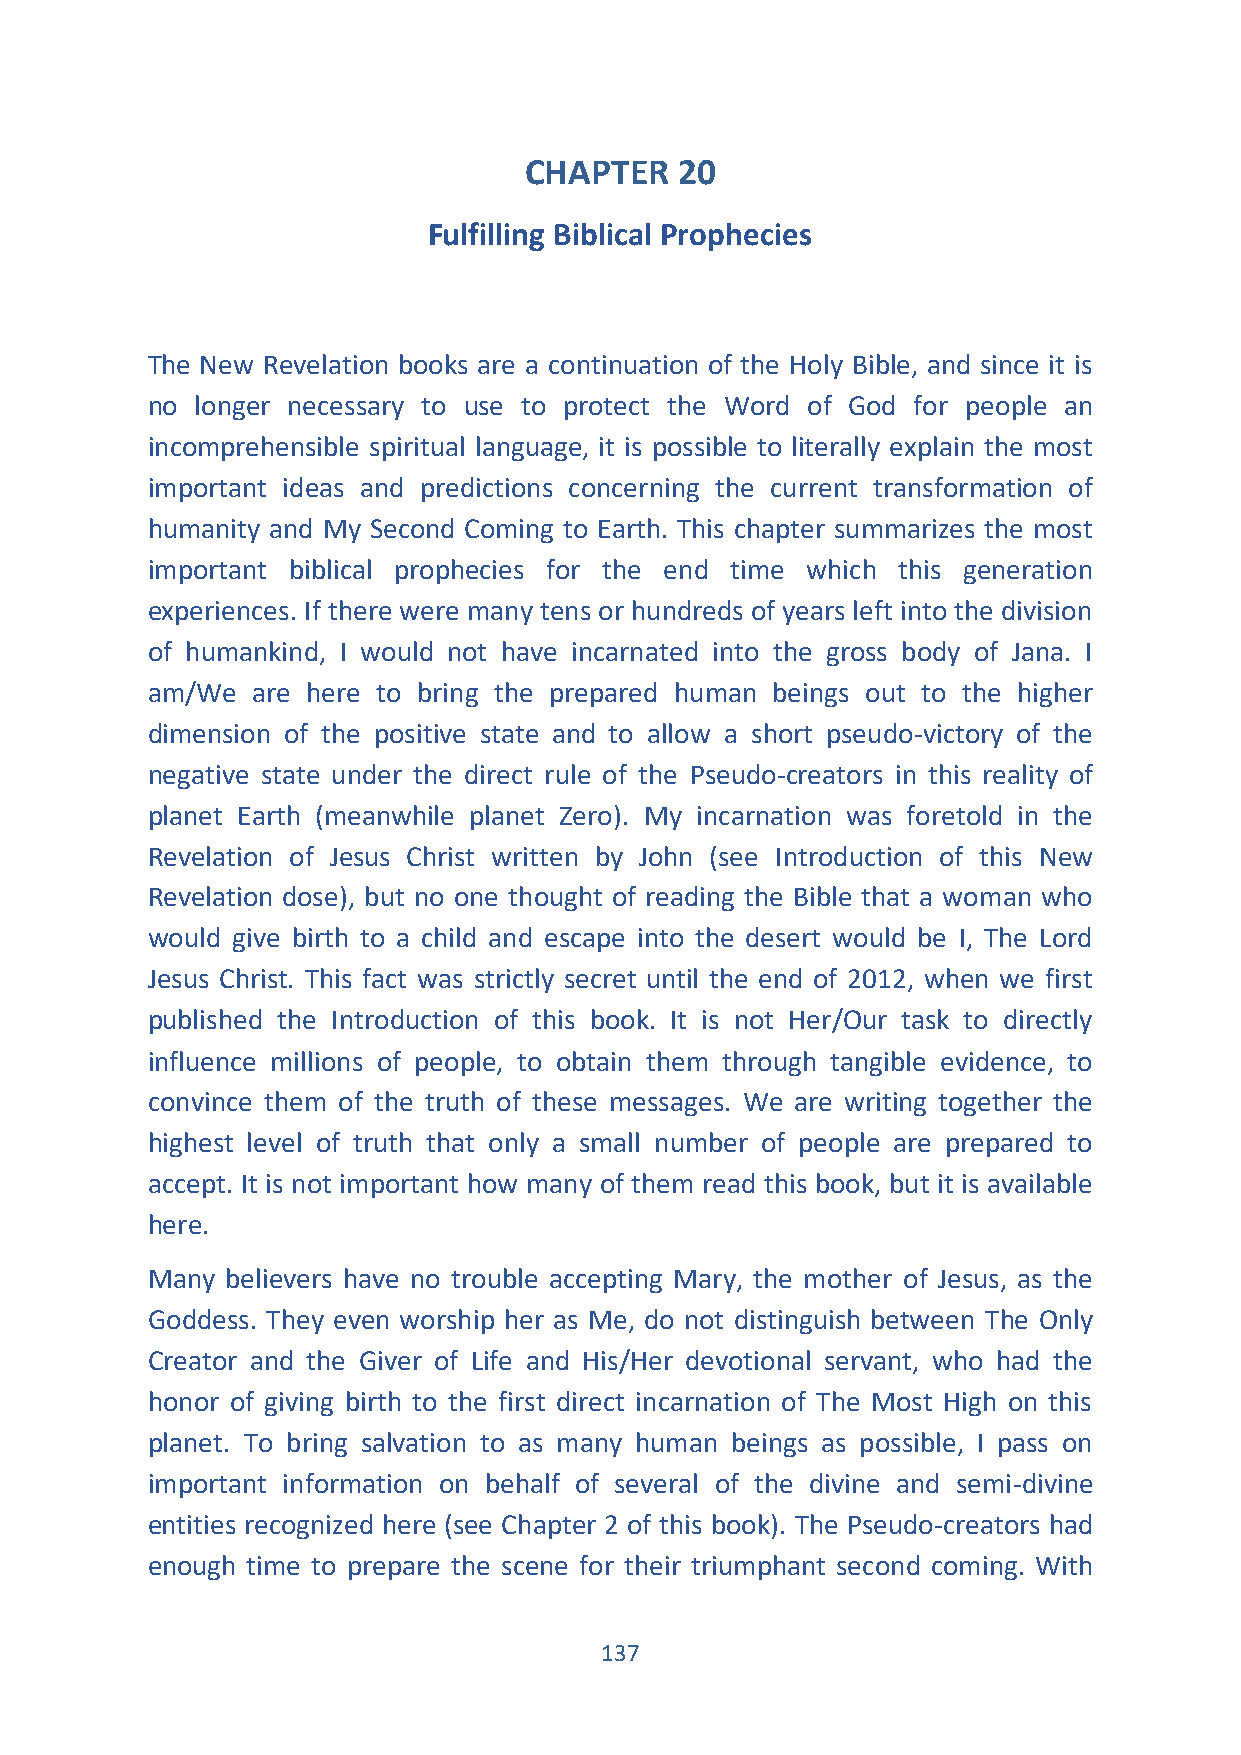
CHAPTER   20
 Fulfilling Biblical Prophecies
 The New Revelation books are a continuation of the Holy Bible, and since it is
 no longer necessary to use to protect the Word of God for people an
 incomprehensible spiritual language, it is possible to literally explain the most
 important ideas and predictions concerning the current transformation of
 humanity and My Second Coming to Earth. This chapter summarizes the most
 important biblical prophecies for the end time which this generation
 experiences. If there were many tens or hundreds of years left into the division
 of humankind, I would not have incarnated into the gross body of Jana. I
 am/We  are here to bring the prepared human beings out to the higher
 dimension of the positive state and to allow a short pseudo-victory of the
 negative state under the direct rule of the Pseudo-creators in this reality of
 planet Earth (meanwhile planet Zero). My incarnation was foretold in the
 Revelation of Jesus Christ written by John (see Introduction of this New
 Revelation dose), but no one thought of reading the Bible that a woman who
 would give birth to a child and escape into the desert would be I, The Lord
 Jesus Christ. This fact was strictly secret until the end of 2012, when we first
 published the Introduction of this book. It is not Her/Our task to directly
 influence millions of people, to obtain them through tangible evidence, to
 convince them of the truth of these messages. We are writing together the
 highest level of truth that only a small number of people are prepared to
 accept. It is not important how many of them read this book, but it is available
 here.
 Many believers have no trouble accepting Mary, the mother of Jesus, as the
 Goddess. They even worship her as Me, do not distinguish between The Only
 Creator and the Giver of Life and His/Her devotional servant, who had the
 honor of giving birth to the first direct incarnation of The Most High on this
 planet. To bring salvation to as many human beings as possible, I pass on
 important information on behalf of several of the divine and semi-divine
 entities recognized here (see Chapter 2 of this book). The Pseudo-creators had
 enough time to prepare the scene for their triumphant second coming. With
 137